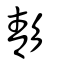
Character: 𩇕